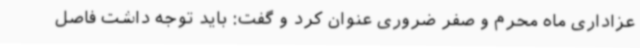
عزاداری ماه محرم و صفر ضروری عنوان کرد و گفت: باید توجه داشت فاصل